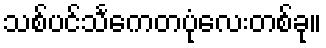
သစ်ပင်သင်္ကေတပုံလေးတစ်ခု။